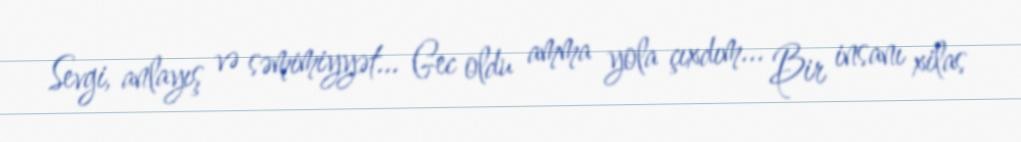
Sevgi, anlayış və səmimiyyət... Gec oldu amma yola çıxdım... Bir insanı xilas